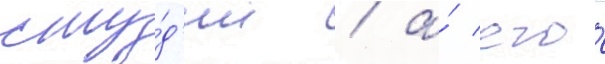
сту́д'ии / а́ его́